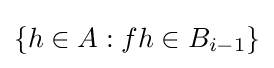
\{h\in A:fh\in B_{i-1}\}